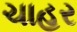
ચાહર